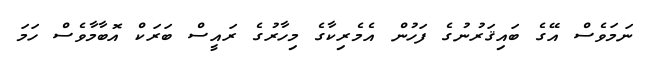
ނަމަވެސް އޭގެ ބައިޤަރުނުގެ ފަހުން އެމެރިކާގެ މިހާރުގެ ރައީސް ބަރަކް އޮބާމާވެސް ހަމަ